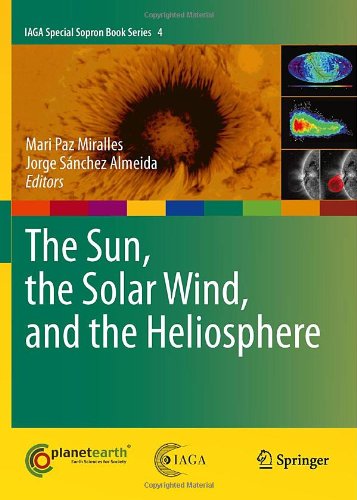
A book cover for The Sun, the Solar Wind, and the Heliosphere (IAGA Special Sopron Book Series); Science & Math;